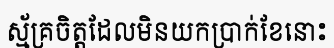
ស្ម័គ្រចិត្តដែលមិនយកប្រាក់ខែនោះ